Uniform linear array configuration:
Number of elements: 8
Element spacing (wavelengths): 0.25
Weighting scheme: cosine
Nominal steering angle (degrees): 45
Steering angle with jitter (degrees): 45.786
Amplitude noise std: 0.05
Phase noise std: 0.05

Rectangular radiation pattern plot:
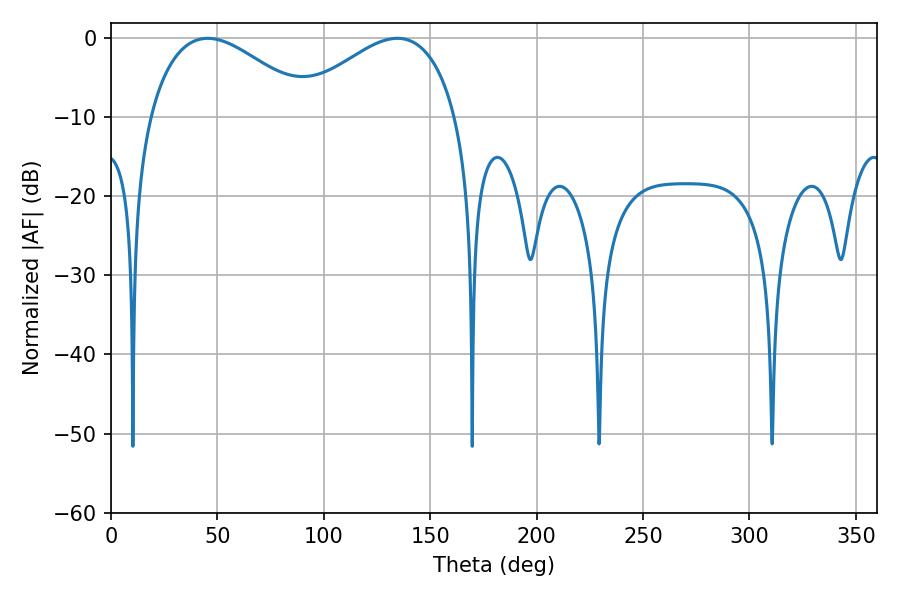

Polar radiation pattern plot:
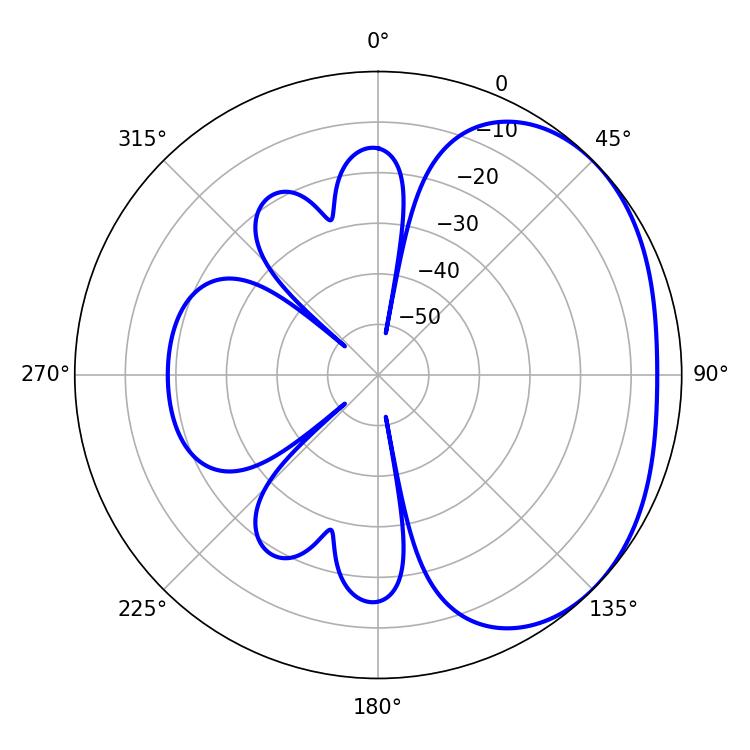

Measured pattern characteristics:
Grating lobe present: FALSE
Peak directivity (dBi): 2.417
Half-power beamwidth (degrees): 41.94
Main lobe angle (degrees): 45.36